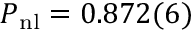
P _ { \mathrm { n l } } = 0 . 8 7 2 ( 6 )